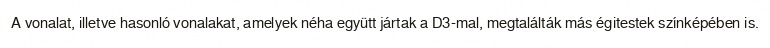
A vonalat, illetve hasonló vonalakat, amelyek néha együtt jártak a D3-mal, megtalálták más égitestek színképében is.